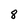
Character: 8